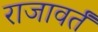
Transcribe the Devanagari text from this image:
राजावर्तं